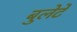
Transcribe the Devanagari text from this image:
बुलेटे